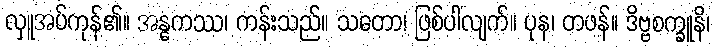
လှူအပ်ကုန်၏။ အန္ဓကဿ၊ ကန်းသည်။ သတော၊ ဖြစ်ပါလျက်။ ပုန၊ တဖန်။ ဒိဗ္ဗစက္ခူနိ၊